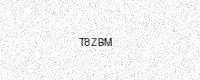
Text: T8ZBM